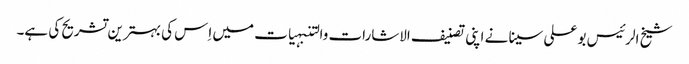
شیخ الرئیس بو علی سینا نے اپنی تصنیف الاشارات والتنبہیات میں اِس کی بہترین تشریح کی ہے۔